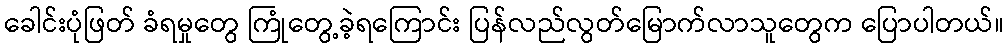
ခေါင်းပုံဖြတ် ခံရမှုတွေ ကြုံတွေ့ခဲ့ရကြောင်း ပြန်လည်လွတ်မြောက်လာသူတွေက ပြောပါတယ်။